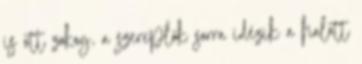
is ott zokog, a szereplők sorra idézik a halott